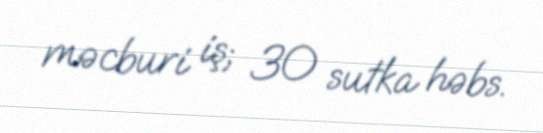
məcburi iş; 30 sutka həbs.